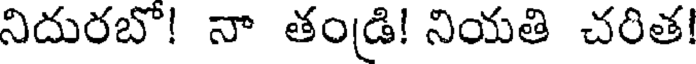
నిదురబొ! నా తండ్రి! నియతి చరిత!